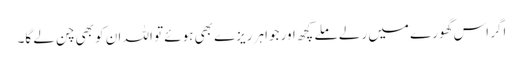
اگر اس گھورے میں رلے ملے کچھ اور جواہر ریزے بھی ہوئے تو اللہ ان کو بھی چن لے گا۔